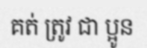
គត់ ត្រូវ ជា ប្អូន